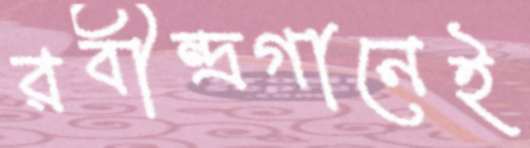
রবীন্দ্রগানেই